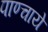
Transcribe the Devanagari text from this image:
पाण्चाये